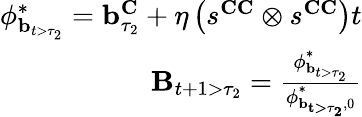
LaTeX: \begin{array}{r}{\mathbf{\phi}_{\mathbf{b}_{t>\tau_{2}}}^{*}=\mathbf{b}_{\tau_{2}}^{\mathbf{C}}+\eta\left(s^{\mathbf{CC}}\otimes s^{\mathbf{CC}}\right)t}\\ {\mathbf{B}_{t+1>\tau_{2}}=\frac{\mathbf{\phi}_{\mathbf{b}_{t>\tau_{2}}}^{*}}{\mathbf{\phi}_{\mathbf{{b}_{t>\tau_{2}}},0}^{*}}}\end{array}